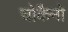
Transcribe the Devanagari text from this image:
चोकैनो